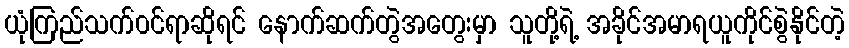
ယုံကြည်သက်၀င်ရာဆိုရင် နောက်ဆက်တွဲအတွေးမှာ သူတို့ရဲ့ အခိုင်အမာရယူကိုင်စွဲနိုင်တဲ့